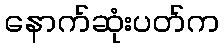
နောက်ဆုံးပတ်က